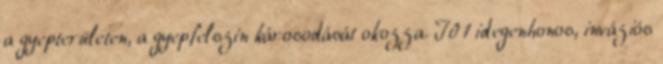
a gyepterületen, a gyepfelszín károsodását okozza. I01 idegenhonos, inváziós